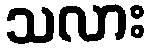
သလား